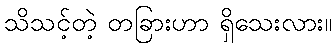
သိသင့်တဲ့ တခြားဟာ ရှိသေးလား။